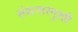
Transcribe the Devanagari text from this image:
संवत्सरमुखी